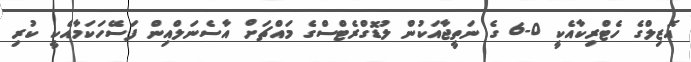
އޮޒިލްގެ ހެޓްރިކާއެކީ 0-6 ގެ ނަތީޖާއަކުން ލުޑޮގްރެޓްސްގެ މައްޗަށް އާސެނަލްއިން ފަސޭހަކަމާއެކީ ކުރި